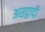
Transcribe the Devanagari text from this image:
असद्वादी